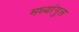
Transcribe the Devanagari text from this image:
मध्यांगुल